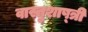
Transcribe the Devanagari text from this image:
वास्तुशाष्त्री